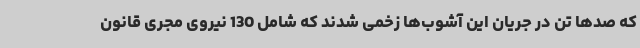
که صدها تن در جریان این آشوب‌ها زخمی شدند که شامل 130 نیروی مجری قانون